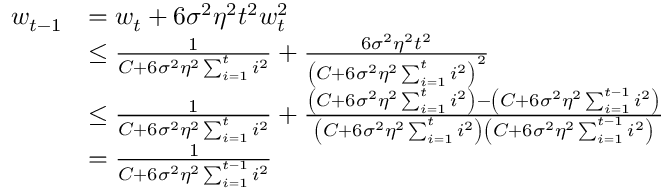
\begin{array} { r l } { w _ { t - 1 } } & { = w _ { t } + 6 \sigma ^ { 2 } \eta ^ { 2 } t ^ { 2 } w _ { t } ^ { 2 } } \\ & { \leq \frac { 1 } { C + 6 \sigma ^ { 2 } \eta ^ { 2 } \sum _ { i = 1 } ^ { t } i ^ { 2 } } + \frac { 6 \sigma ^ { 2 } \eta ^ { 2 } t ^ { 2 } } { \left( C + 6 \sigma ^ { 2 } \eta ^ { 2 } \sum _ { i = 1 } ^ { t } i ^ { 2 } \right) ^ { 2 } } } \\ & { \leq \frac { 1 } { C + 6 \sigma ^ { 2 } \eta ^ { 2 } \sum _ { i = 1 } ^ { t } i ^ { 2 } } + \frac { \left( C + 6 \sigma ^ { 2 } \eta ^ { 2 } \sum _ { i = 1 } ^ { t } i ^ { 2 } \right) - \left( C + 6 \sigma ^ { 2 } \eta ^ { 2 } \sum _ { i = 1 } ^ { t - 1 } i ^ { 2 } \right) } { \left( C + 6 \sigma ^ { 2 } \eta ^ { 2 } \sum _ { i = 1 } ^ { t } i ^ { 2 } \right) \left( C + 6 \sigma ^ { 2 } \eta ^ { 2 } \sum _ { i = 1 } ^ { t - 1 } i ^ { 2 } \right) } } \\ & { = \frac { 1 } { C + 6 \sigma ^ { 2 } \eta ^ { 2 } \sum _ { i = 1 } ^ { t - 1 } i ^ { 2 } } } \end{array}